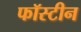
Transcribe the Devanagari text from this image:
फॉस्टीन